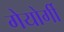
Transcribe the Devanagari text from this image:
गेयोर्गी